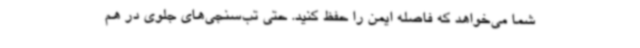
شما می‌خواهد که فاصله ایمن را حفظ کنید. حتی تب‌سنجی‌های جلوی در هم